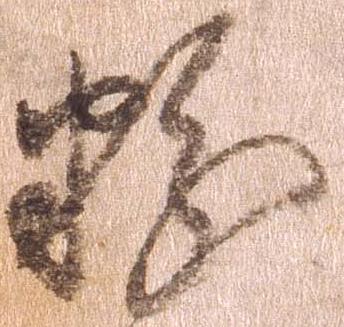
粉